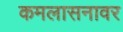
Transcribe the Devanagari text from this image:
कमलासनावर